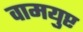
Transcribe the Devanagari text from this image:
वामयुप्ट